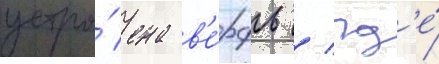
устро́ена в'е́рфь / гд'е́